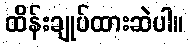
ထိန်းချုပ်ထားဆဲပါ။